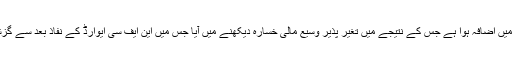
اس کی وجہ سے خصوصاً صوبوں میں مالی انضباط میں اضافہ ہوا ہے جس کے نتیجے میں تغیر پذیر وسیع مالی خسارہ دیکھنے میں آیا جس میں این ایف سی ایوارڈ کے نفاذ بعد سے گزشتہ 3 برس کے دوران سالانہ 8 فیصد اضافہ ہوا ہے۔